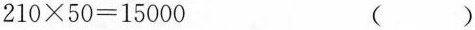
$$2 1 0 \times 5 0 = 1 5 0 0 0$$ ()